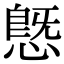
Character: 𢟪